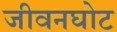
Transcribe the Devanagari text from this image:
जीवनघोट